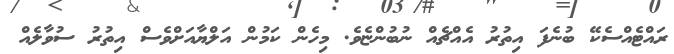
ރައްޓެއްސެކޭ ބުނެފަ އިތުރު އެއްޗެއް ނުބުންޏެވެ. މިހެން ކަމުން އަލްޔާއަށްވެސް އިތުރު ސުވާލެއް